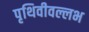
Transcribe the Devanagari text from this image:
पृथिवीवल्लभ